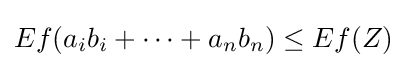
Ef(a_{i}b_{i}+\cdots +a_{n}b_{n})\leq Ef(Z)